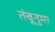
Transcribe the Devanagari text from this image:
तंबूनुमा